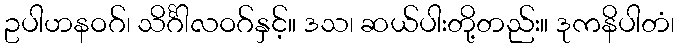
ဥပါဟနဝဂ်၊ သိင်္ဂါလဝဂ်နှင့်။ ဒသ၊ ဆယ်ပါးတို့တည်း။ ဒုကနိပါတံ၊